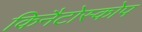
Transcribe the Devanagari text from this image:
किनैटोस्कोप